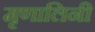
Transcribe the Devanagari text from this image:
मृृणालिनी